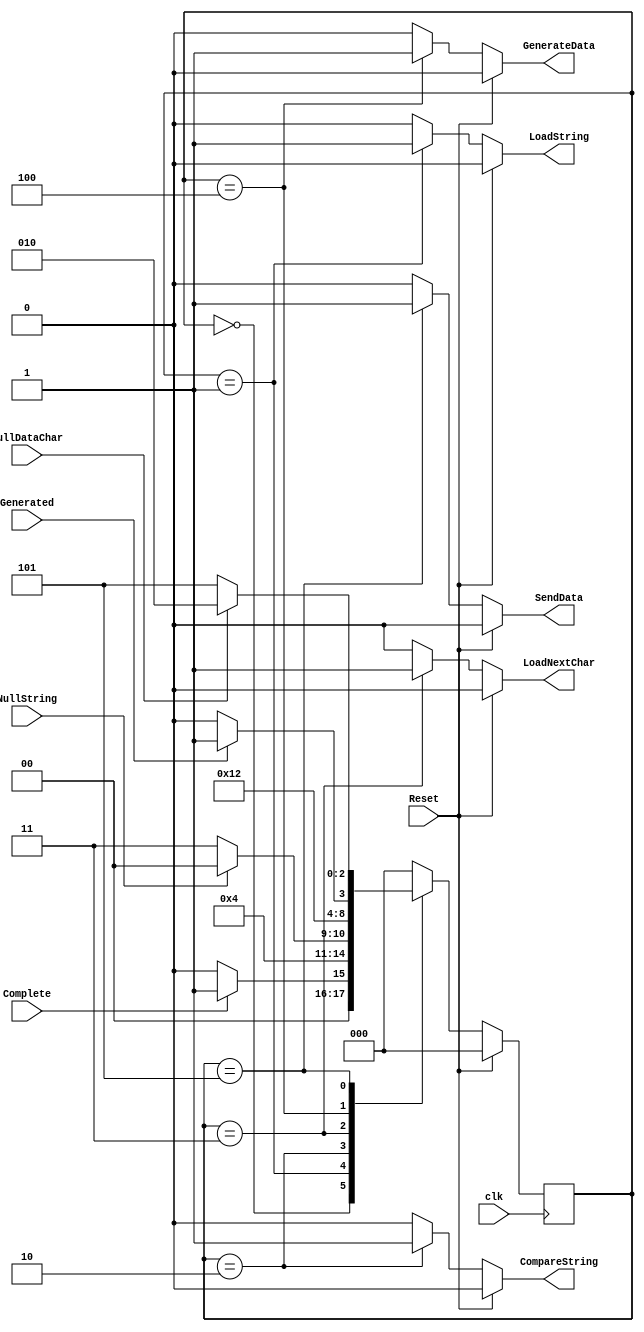
module controlTransmitter (Complete, NullString, NullDataChar, Generated, LoadString, CompareString, LoadNextChar, GenerateData, SendData, Reset, clk);

	input Complete, NullString, NullDataChar, clk, Reset, Generated;
	output reg LoadString, CompareString, LoadNextChar, GenerateData, SendData;

	reg [2:0] current_state;
	reg [2:0] next_state;

	parameter Standby=3'b000, LoadingString=3'b001, ComparingString=3'b010, LoadingChar=3'b011;
	parameter GeneratingData=3'b100, SendingData=3'b101;

always @(Complete, NullString, NullDataChar, current_state, Reset, Generated)begin

	if (Reset)begin
		next_state <= Standby;
		LoadString<=0;
		CompareString<=0;
		LoadNextChar<=0;
		GenerateData<=0;
		SendData<=0;
	end
	
	else begin
		case (current_state)
			Standby: begin
				if (Complete==1'b0) begin
					LoadString<=0;
					CompareString<=0;
					LoadNextChar<=0;
					GenerateData<=0;
					SendData<=0;
					next_state <= Standby;
				end
				else begin
					next_state <= LoadingString;
					LoadString<=0;
					CompareString<=0;
					LoadNextChar<=0;
					GenerateData<=0;
					SendData<=0;
					end
			end
			LoadingString: begin
				LoadString<=1;
				CompareString<=0;
				LoadNextChar<=0;
				GenerateData<=0;
				SendData<=0;
				next_state<=ComparingString;
			end
			ComparingString: begin
				LoadString<=0;
				CompareString<=1;
				LoadNextChar<=0;
				GenerateData<=0;
				SendData<=0;
				if (NullString==1'b1)next_state<=Standby;
				else next_state<=LoadingChar;
			end	
			LoadingChar: begin
				LoadString<=0;
				CompareString<=0;
				LoadNextChar<=1;
				GenerateData<=0;
				SendData<=0;
				next_state<=GeneratingData;
				
			end
			GeneratingData: begin
				LoadString<=0;
				CompareString<=0;
				LoadNextChar<=0;
				GenerateData<=1;
				SendData<=0;
				if (Generated)next_state <= SendingData;
				else next_state <= GeneratingData;
				
			end
			SendingData: begin
				LoadString<=0;
				CompareString<=0;
				LoadNextChar<=0;
				GenerateData<=0;
				SendData<=1;
				
				if (NullDataChar == 1)next_state <= ComparingString;
				else next_state <= SendingData;
			end			
			default: begin
				LoadString<=0;
					CompareString<=0;
					LoadNextChar<=0;
					GenerateData<=0;
					SendData<=0;
				next_state <= Standby;
			end
		endcase
	end
end
	
	always @(negedge clk) begin
		current_state <= next_state;
	end
endmodule